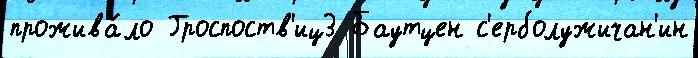
прожива́ло Гроспоств'иц3 Баутцен с'ерболужичан'ин